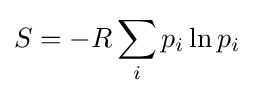
S=-R\sum _{i}p_{i}\ln p_{i}